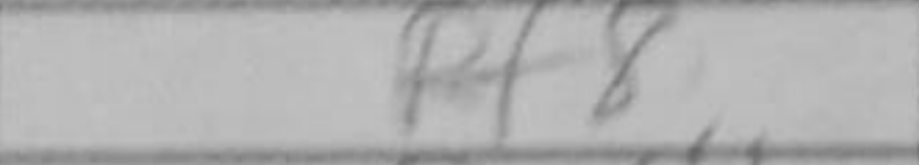
Transcription: Rf8